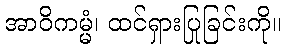
အာဝိကမ္မံ၊ ထင်ရှားပြုခြင်းကို။